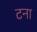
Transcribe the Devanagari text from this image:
टना